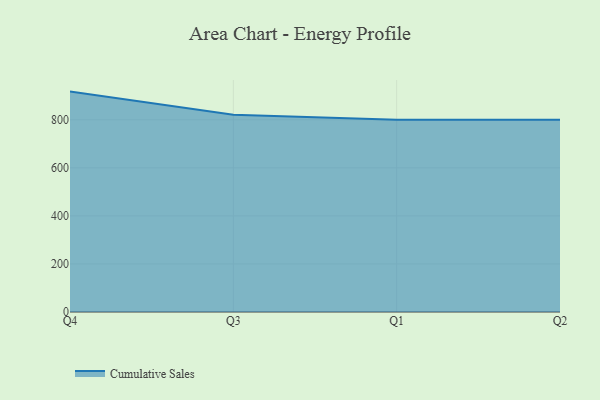
{"axis": {"x": "Quarter", "y": "Latency (ms)"}, "legend": ["Cumulative Sales"], "data": [{"x": "Q4", "y": 917.4, "type": "Cumulative Sales"}, {"x": "Q3", "y": 820.9, "type": "Cumulative Sales"}, {"x": "Q1", "y": 800, "type": "Cumulative Sales"}, {"x": "Q2", "y": 800, "type": "Cumulative Sales"}]}